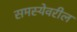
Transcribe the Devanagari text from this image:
समस्येवरील